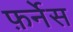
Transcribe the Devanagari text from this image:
फ़र्नेस